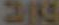
25